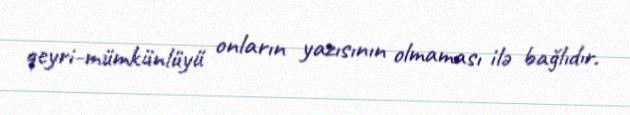
qeyri-mümkünlüyü onların yazısının olmaması ilə bağlıdır.